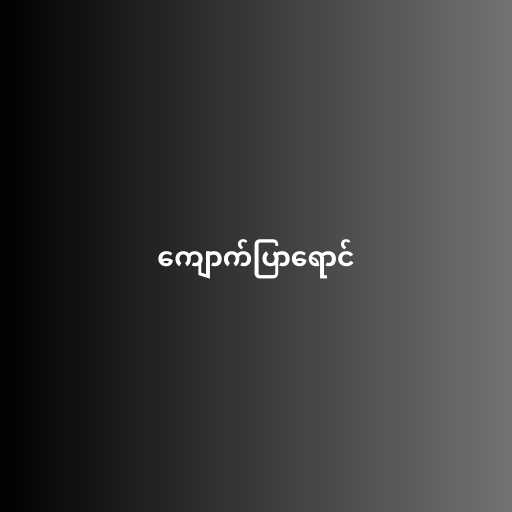
ကျောက်ပြာရောင်